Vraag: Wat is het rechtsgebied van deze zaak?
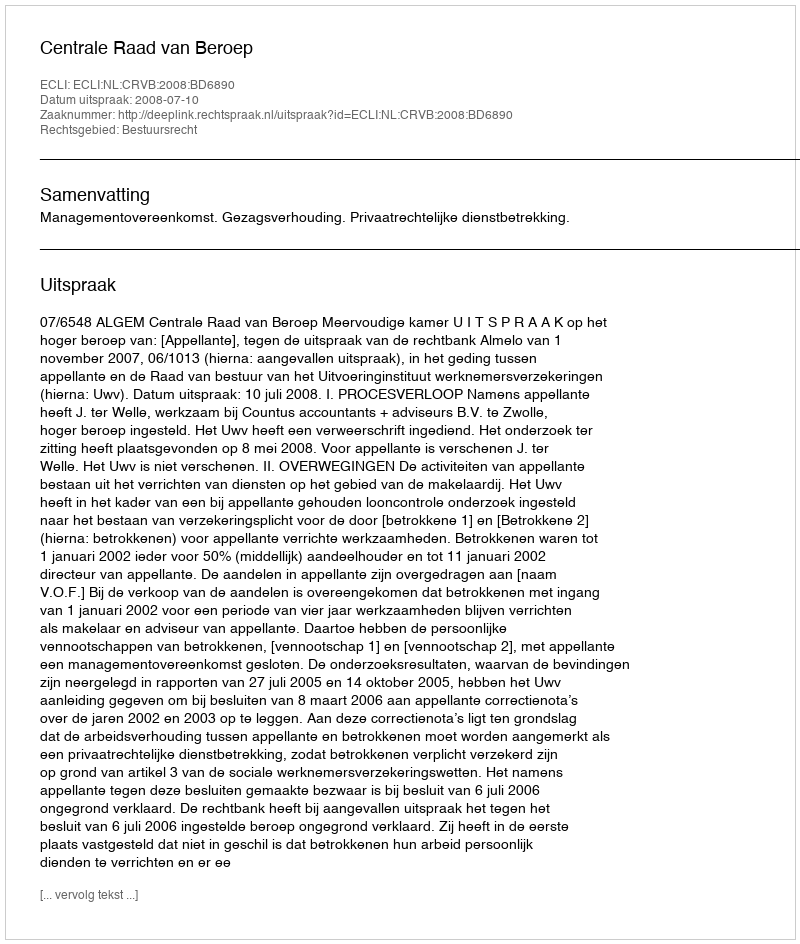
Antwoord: Bestuursrecht